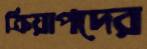
ক্রিয়াপদের